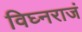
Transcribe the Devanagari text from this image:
विघ्नराजं